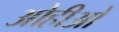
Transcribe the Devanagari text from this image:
ओहीओ